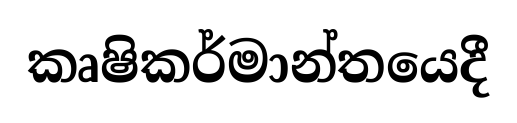
කෘෂිකර්මාන්තයෙදී